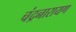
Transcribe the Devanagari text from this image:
चंद्रनारायण